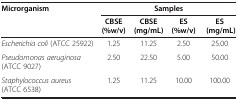
<table><thead><tr><td><b>Microrganism</b></td><td colspan="4"><b>Samples</b></td></tr><tr><td><b> </b></td><td><b>CBSE (%w/v)</b></td><td><b>CBSE (mg/mL)</b></td><td><b>ES (%w/v)</b></td><td><b>ES (mg/mL)</b></td></tr></thead><tbody><tr><td><i>Escherichia coli</i> (ATCC 25922)</td><td>1.25</td><td>11.25</td><td>2.50</td><td>25.00</td></tr><tr><td><i>Pseudomonas aeruginosa</i> (ATCC 9027)</td><td>2.50</td><td>22.50</td><td>5.00</td><td>50.00</td></tr><tr><td><i>Staphylococcus aureus</i> (ATCC 6538)</td><td>1.25</td><td>11.25</td><td>10.00</td><td>100.00</td></tr></tbody></table>